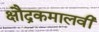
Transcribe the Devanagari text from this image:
क्षौद्रकमालवी